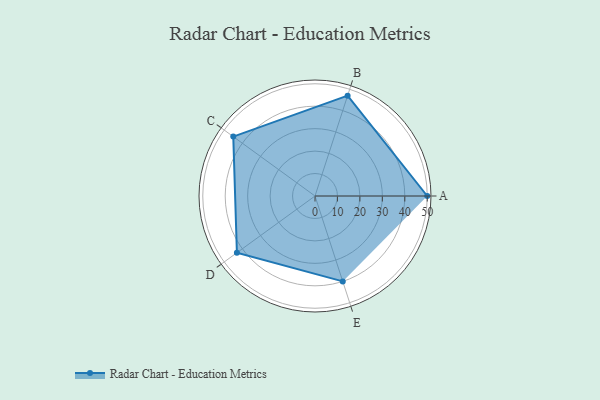
{"axis": {"x": "Skill", "y": "Score"}, "legend": ["Profile"], "data": [{"x": "A", "y": 50.0, "type": "Profile"}, {"x": "B", "y": 47.0, "type": "Profile"}, {"x": "C", "y": 45.0, "type": "Profile"}, {"x": "D", "y": 43.0, "type": "Profile"}, {"x": "E", "y": 40.0, "type": "Profile"}]}